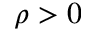
\rho > 0